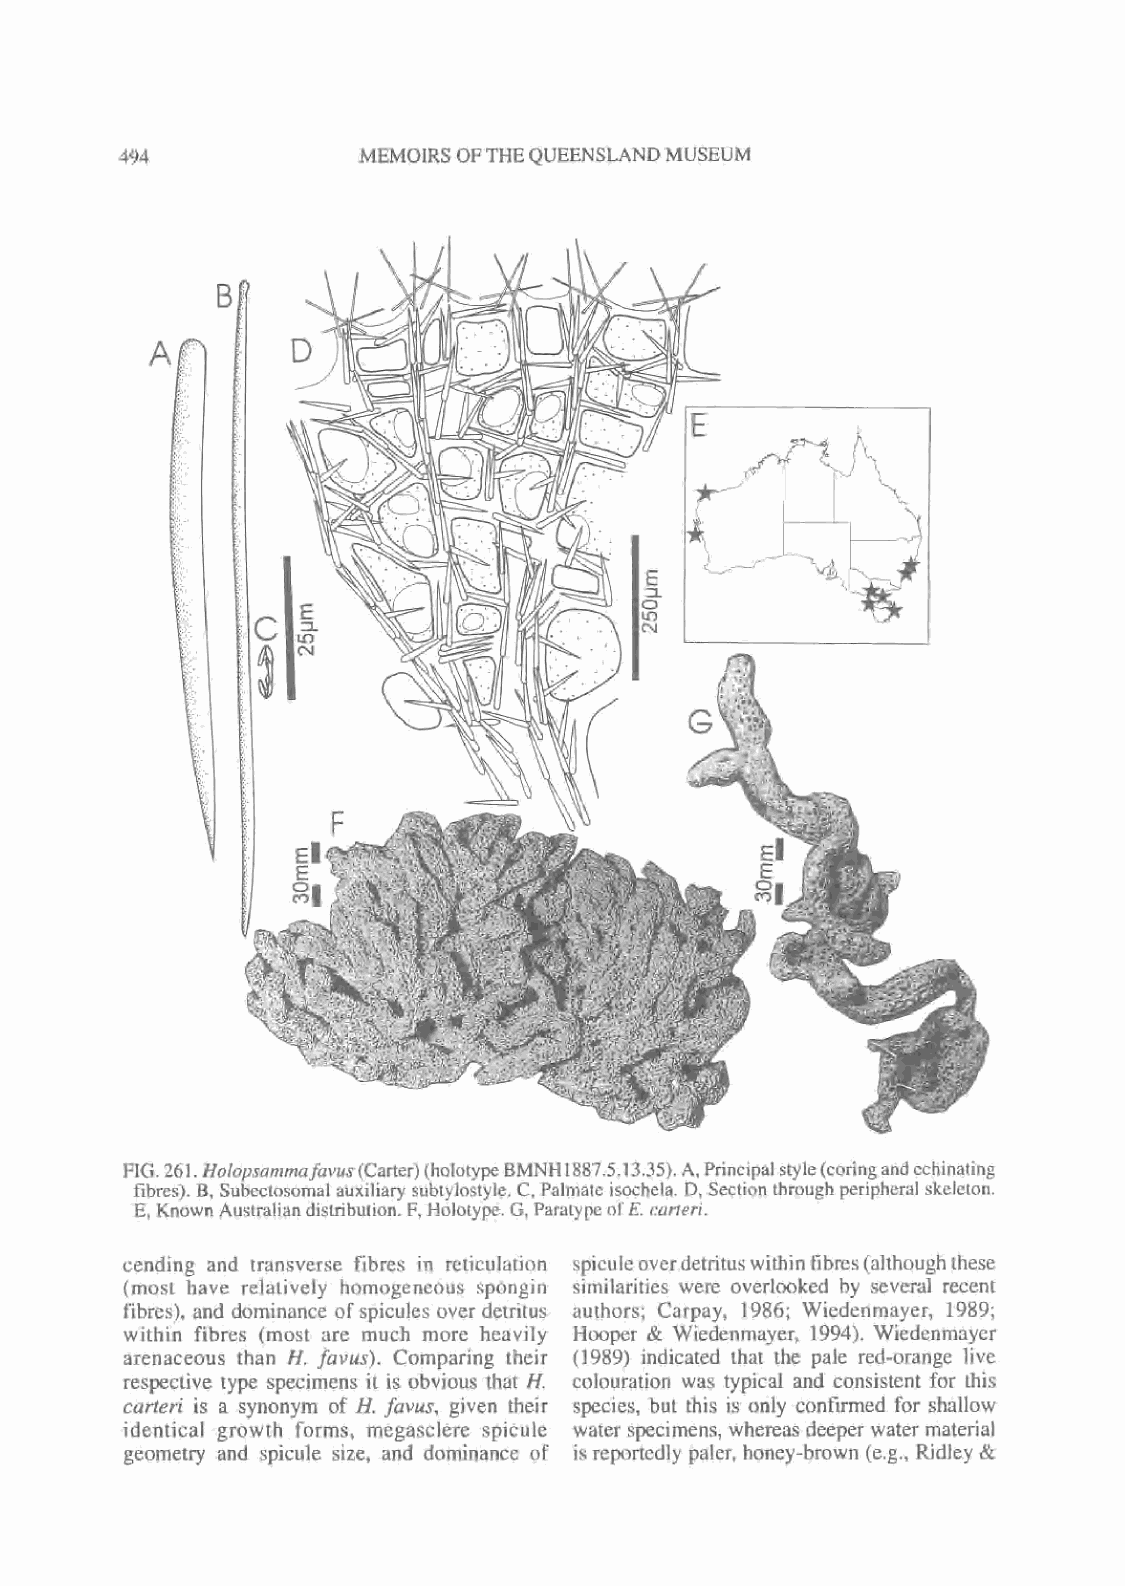
MEMOIRS OFTHEQUEENSLAND MUSEUM
 4<>4
 FIG. 261
 .
 Holopsammafavus(Carter)(holotype BMNH 1887.5.13.35). A,Principalstyle(coringandcchinating
 fibres). B, Subcctosomal auxiliary subtylostyle. C. Palmate isochela. D, Section through peripheral skeleton.
 E, Known Australiandistribution. F,Holotype. G, Paratypc ol'E. carieri.
 cending and transverse fibres in reticulation spiculeoverdetrituswithin fibres(although these
 (most have relatively homogeneous spongin similarities were overlooked by several recent
 fibres), and dominance of spicules over detritus authors; Carpay, 1986; Wiedenmayer, 1989;
 within fibres (most are much more heavily Hooper & Wiedenmayer, 1994). Wiedenmayer
 arenaceous than H. favus). Comparing their (1989) indicated that the pale red-orange live
 respective type specimens it is obvious that H. colouration was typical and consistent for this
 carteri is a synonym of H. favus, given their species, but this is only confirmed for shallow
 identical growth forms, megasclere spicule water specimens, whereas deeper water material
 geometry and spicule size, and dominance of is reportedly paler, honey-brown (e.g., Ridley &